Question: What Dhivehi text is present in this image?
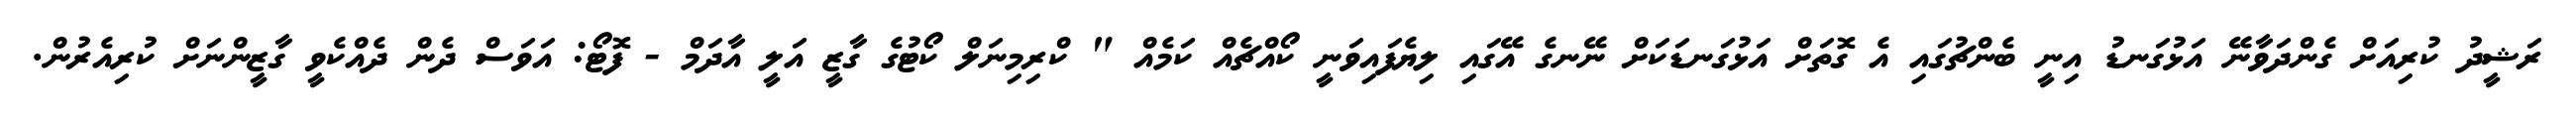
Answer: ރަޝީދު ކުރިއަށް ގެންދަވާނޭ އަޅުގަނޑު އިނީ ބެންޗުގައި އެ ގޮތަށް އަޅުގަނޑަކަށް ނޭނގެ އޭގައި ލިޔެފައިވަނީ ކޯއްޗެއް ކަމެއް " ކްރިމިނަލް ކޯޓުގެ ގާޒީ އަލީ އާދަމް - ފޮޓޯ: އަވަސް ދެން ދެއްކެވީ ގާޒީންނަށް ކުރިއެރުން.